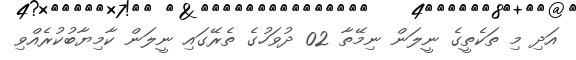
އަދި މި ތަކެތީގެ ނީލަން ނިމޭތާ 02 ދުވަހުގެ ތެރޭގައި ނީލަން ކާމިޔާބުކުރެއްވި